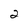
Character: 2